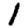
Digit: 1